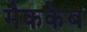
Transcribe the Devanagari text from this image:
मैककेब